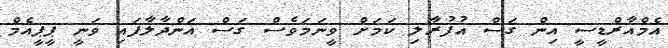
އެމްއާރްޑީސީ އިން ގަސް އުފުރާލި ކަމަށް ވީނަމަވެސް ގަސް އަންދާލާފައި ވަނީ ޕީޕީއެމް